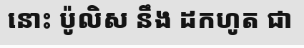
នោះ ប៉ូលិស នឹង ដកហូត ជា